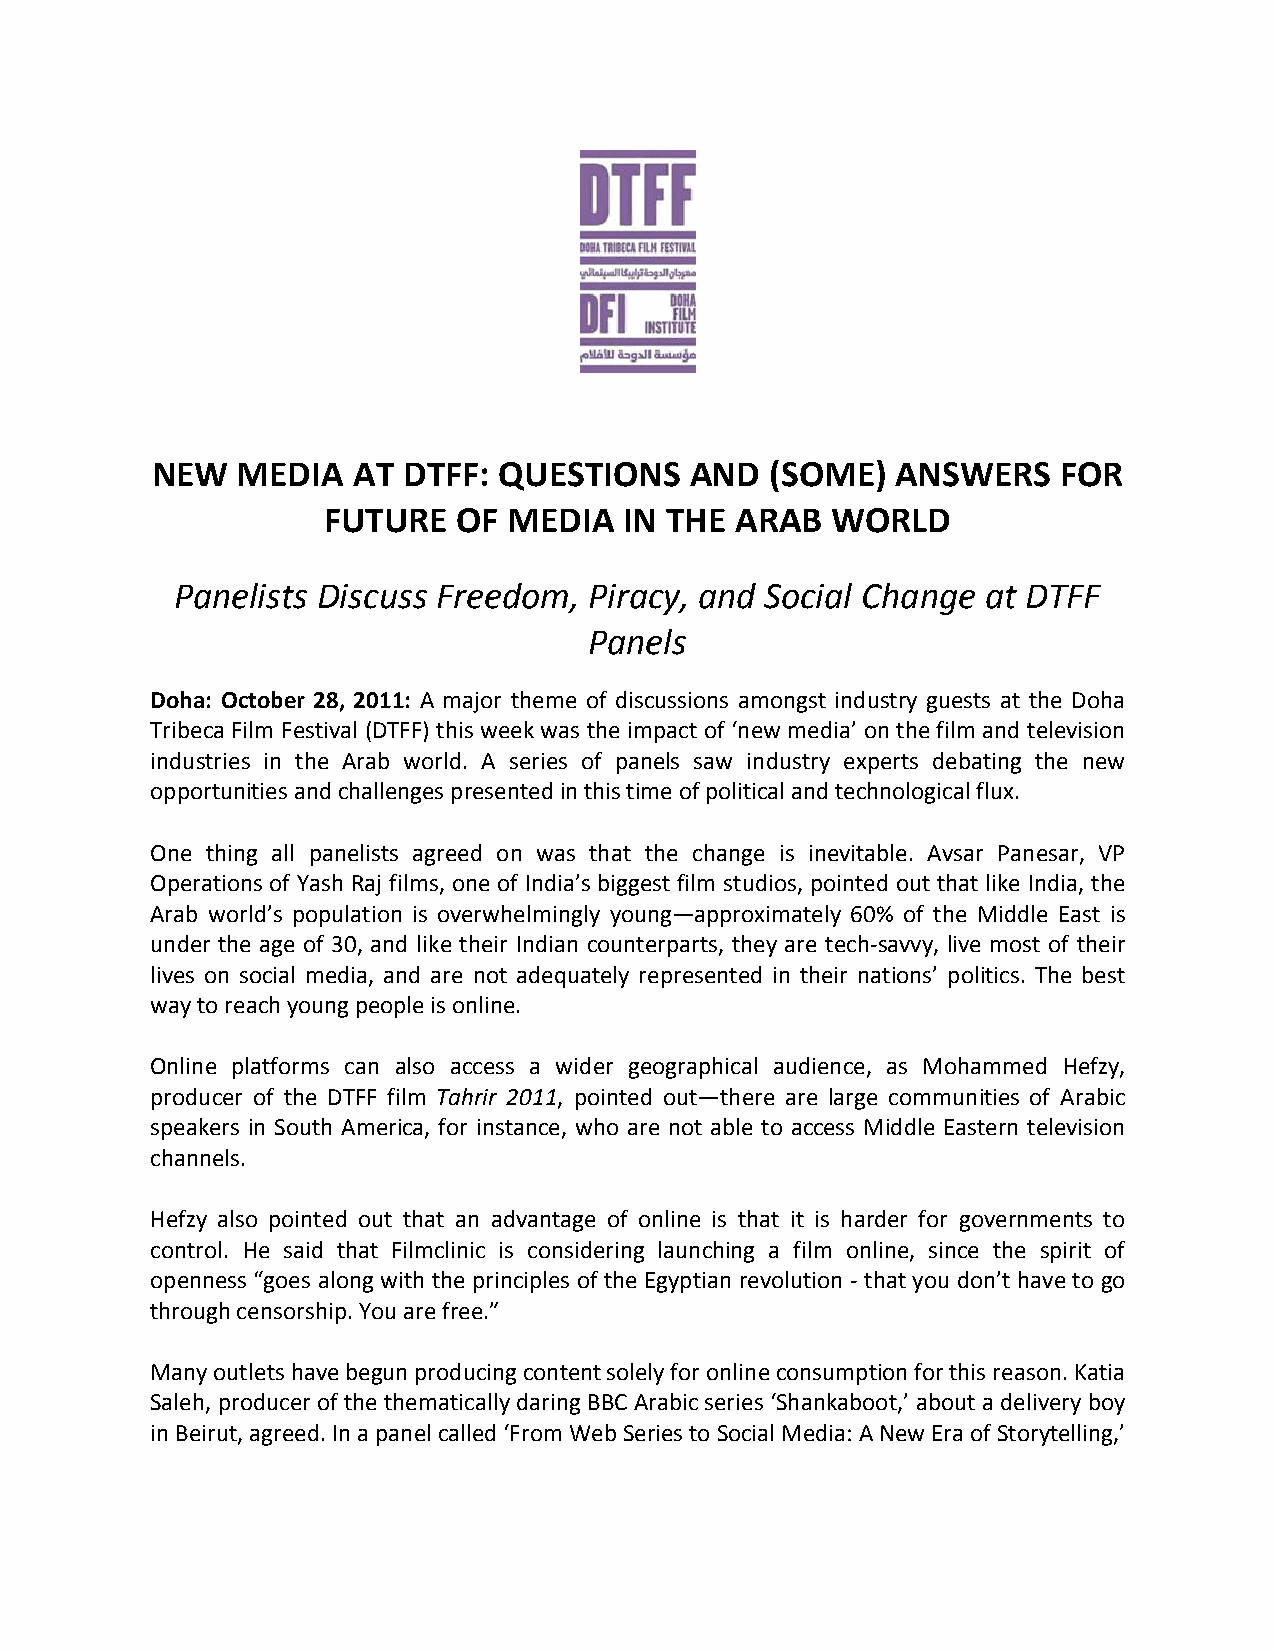
NEW   MEDIA  AT  DTFF: QUESTIONS    AND  (SOME)  ANSWERS    FOR
 FUTURE   OF  MEDIA  IN THE  ARAB  WORLD
 Panelists Discuss Freedom, Piracy, and Social Change at DTFF
 Panels
 Doha: October 28, 2011: A major theme of discussions amongst industry guests at the Doha
 Tribeca Film Festival (DTFF) this week was the impact of ‘new media’ on the film and television
 industries in the Arab world. A series of panels saw industry experts debating the new
 opportunities and challenges presented in this time of political and technological flux.
 One thing all panelists agreed on was that the change is inevitable. Avsar Panesar, VP
 Operations of Yash Raj films, one of India’s biggest film studios, pointed out that like India, the
 Arab world’s population is overwhelmingly young—approximately 60% of the Middle East is
 under the age of 30, and like their Indian counterparts, they are tech-savvy, live most of their
 lives on social media, and are not adequately represented in their nations’ politics. The best
 way to reach young people is online.
 Online platforms can also access a wider geographical audience, as Mohammed Hefzy,
 producer of the DTFF film Tahrir 2011, pointed out—there are large communities of Arabic
 speakers in South America, for instance, who are not able to access Middle Eastern television
 channels.
 Hefzy also pointed out that an advantage of online is that it is harder for governments to
 control. He said that Filmclinic is considering launching a film online, since the spirit of
 openness “goes along with the principles of the Egyptian revolution - that you don’t have to go
 through censorship. You are free.”
 Many outlets have begun producing content solely for online consumption for this reason. Katia
 Saleh, producer of the thematically daring BBC Arabic series ‘Shankaboot,’ about a delivery boy
 in Beirut, agreed. In a panel called ‘From Web Series to Social Media: A New Era of Storytelling,’